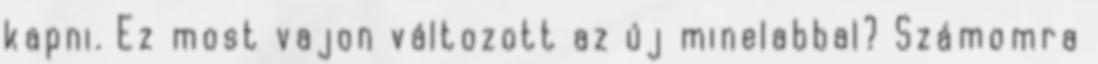
kapni. Ez most vajon változott az új minelabbal? Számomra